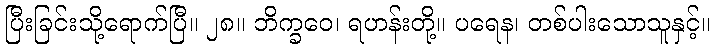
ပြီးခြင်းသို့ရောက်ပြီ။ ၂၈။ ဘိက္ခဝေ၊ ရဟန်းတို့။ ပရေန၊ တစ်ပါးသောသူနှင့်။